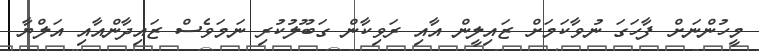
މީހުންނަށް ފާހަގަ ނުވާކަމަށް ޒައިލީން އާއި ރަވިކާން ގަބޫލުކުރި ނަމަވެސް ޒައިދާންއާއި އަލްޔާ